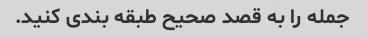
جمله را به قصد صحیح طبقه بندی کنید.